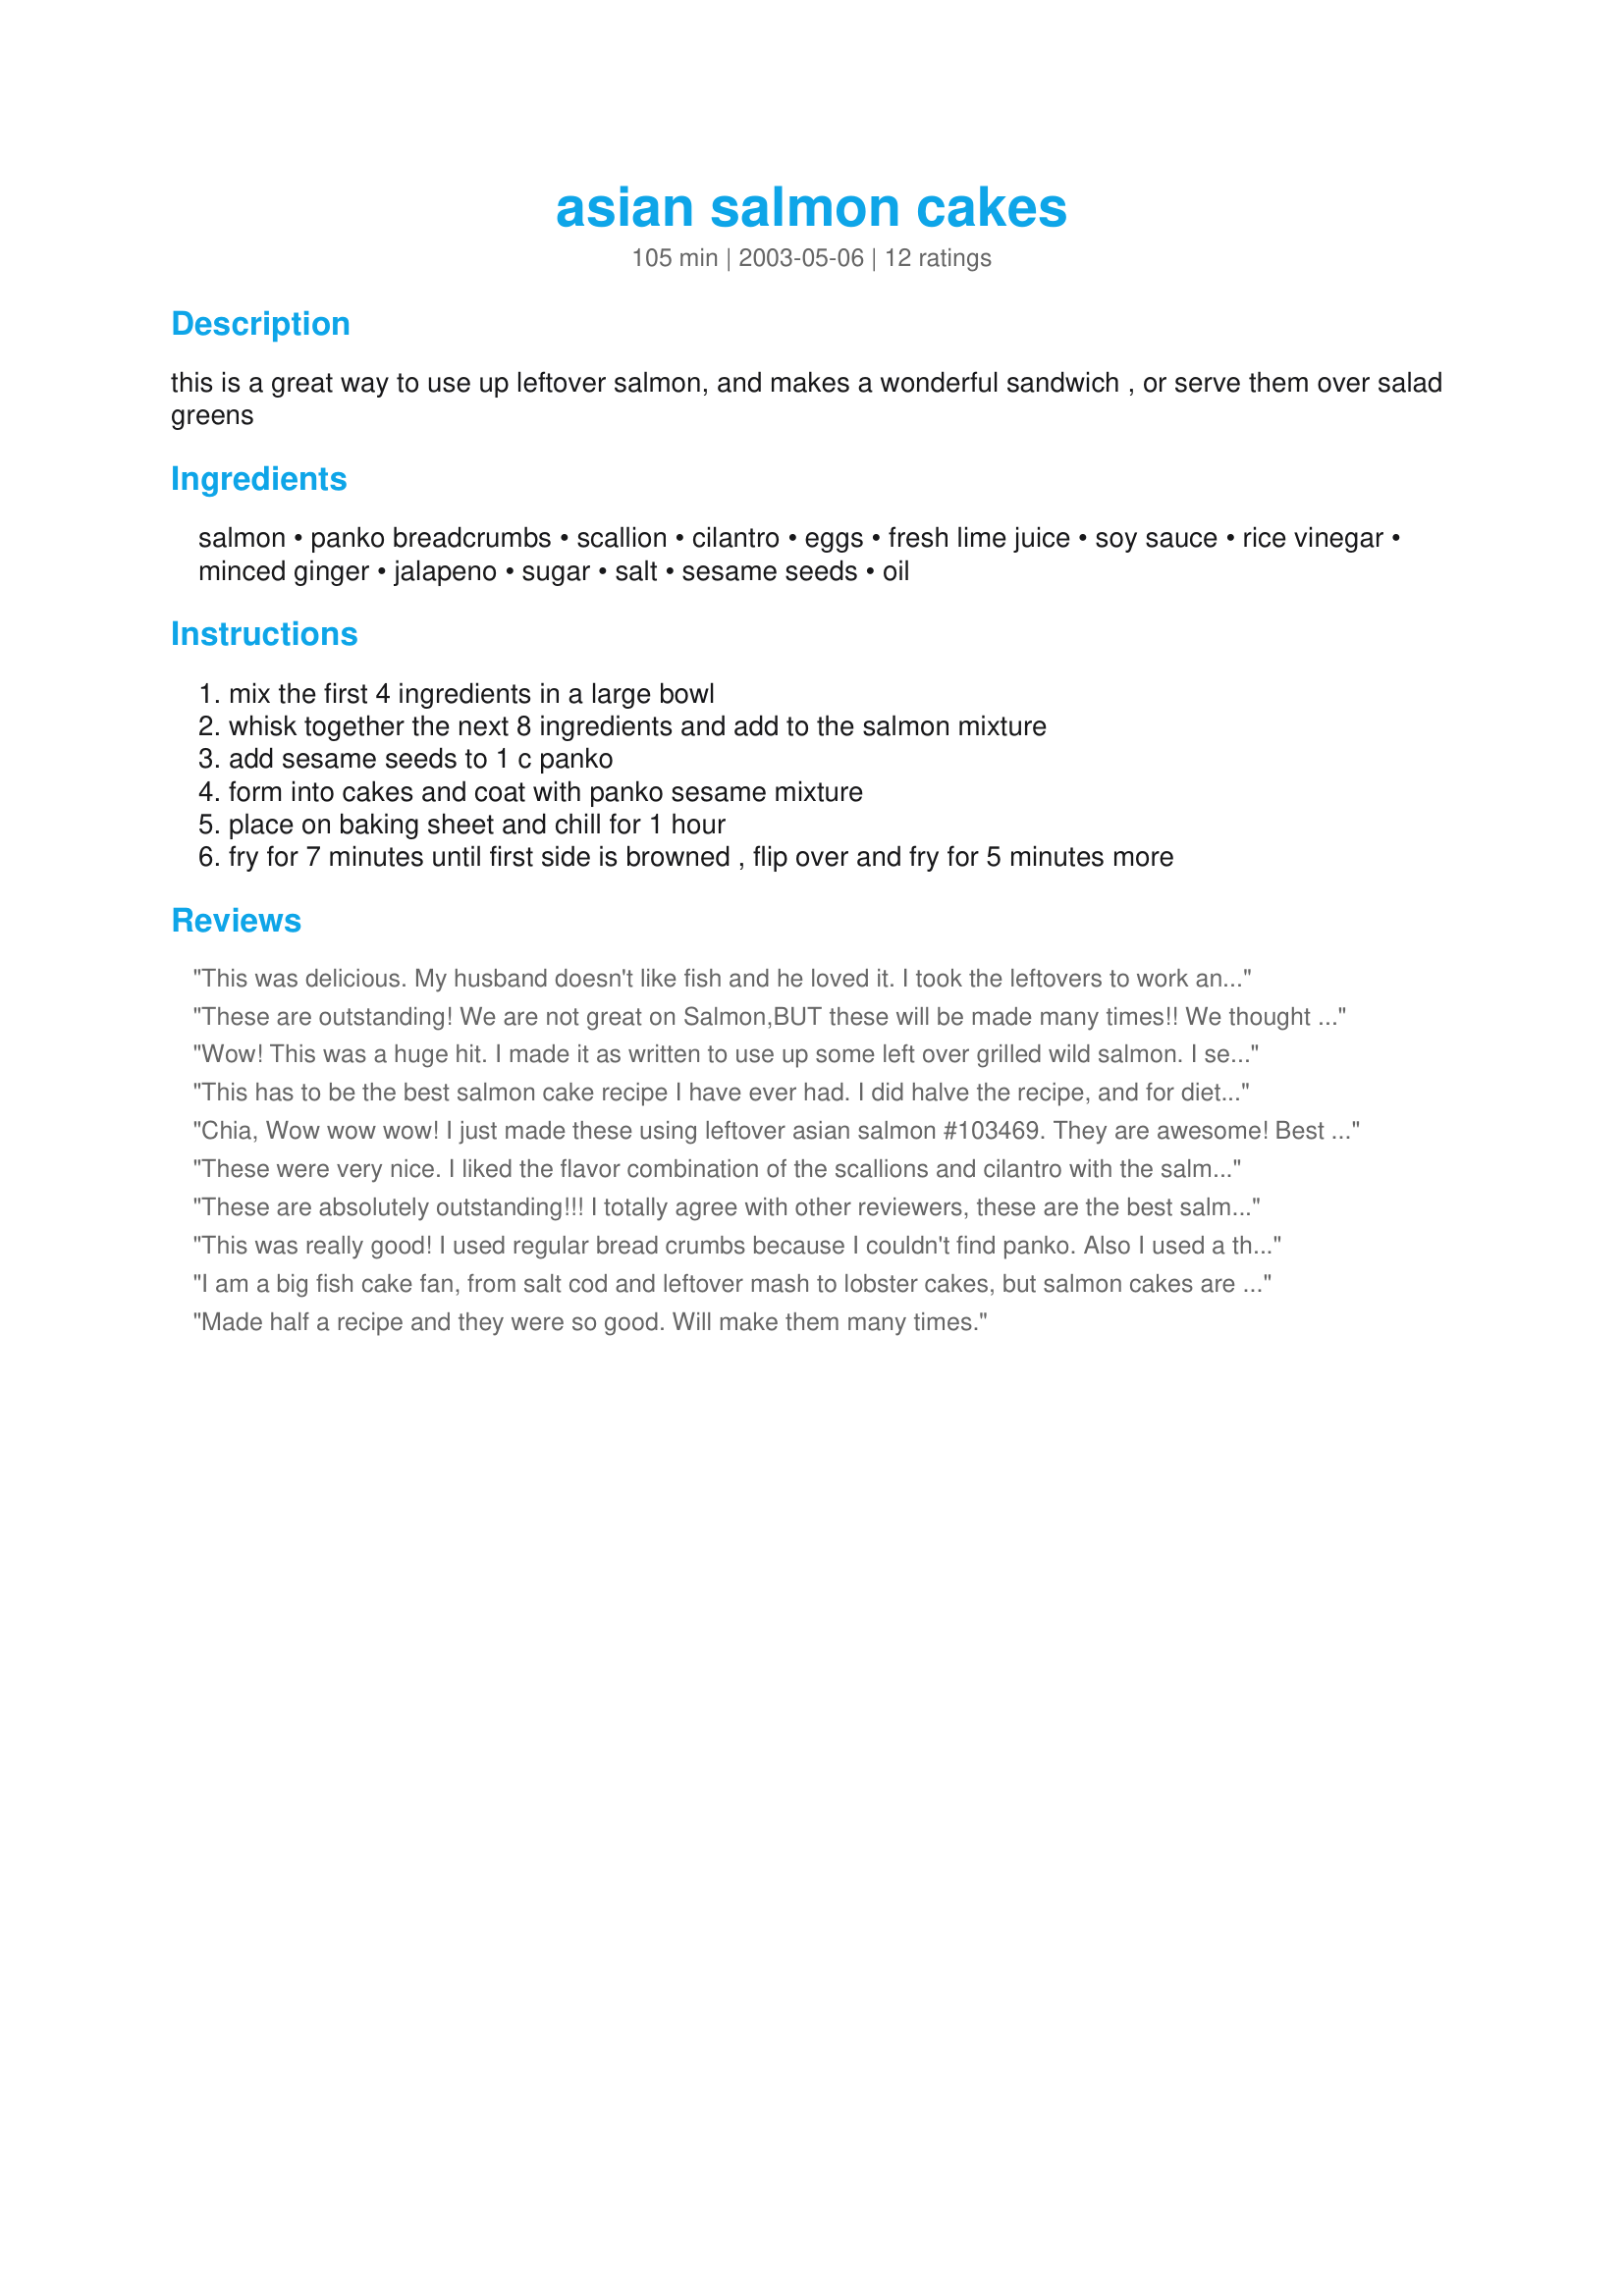
asian salmon cakes
Preparation time: 105 minutes

this is a great way to use up leftover salmon, and makes a wonderful sandwich , or serve them over salad greens

Ingredients:
salmon, panko breadcrumbs, scallion, cilantro, eggs, fresh lime juice, soy sauce, rice vinegar, minced ginger, jalapeno, sugar, salt, sesame seeds, oil

Steps:
mix the first 4 ingredients in a large bowl
whisk together the next 8 ingredients and add to the salmon mixture
add sesame seeds to 1 c panko
form into cakes and coat with panko sesame mixture
place on baking sheet and chill for 1 hour
fry for 7 minutes until first side is browned , flip over and fry for 5 minutes more

Reviews:
This was delicious. My husband doesn't like fish and he loved it. I took the leftovers to work and everyone wanted the recipe. I changed the 4 eggs to 1 and added 1/2 cup 1% MILK to cut the calories and fat.
These are outstanding! We are not great on Salmon,BUT these will be made many times!! We thought they almost tasted like good crab cakes. Must have been that little sugar addition. Thanks for posting. Ingrid/Koechin
Wow! This was a huge hit. I made it as written to use up some left over grilled wild salmon. I served the patties on a bed of spring mix lettuce with a side of sweet chili aioli (sweet chili, mayo, and a little lemon juice). This recipe is sooo yummy!
This has to be the best salmon cake recipe I have ever had. I did halve the recipe, and for dietary restrictions omitted the salt and used egg substitute for the eggs with great success. Your combination of flavorings was just perfect. These browned and crisped up well with the panko and sesame coating by using a nonstick skillet sprayed with non-stick spray plus 1 tablespoon of canola oil which fit into our health restrictions as well. Thank you Chia for sharing this wonderful recipe.
Chia,
Wow wow wow! I just made these using leftover asian salmon #103469. They are awesome! Best salmon cakes I've ever had, by far. I did use fresh Italian parsley in place of cilantro (personal preference). And, like Miraklegirl, I had to use breadcrumbs since I didn't have any panko in the house. I used 1/2 black sesame seeds and 1/2 traditional sesame seeds to give it some color. The "cakes" I made were kind of small, only about 1/2" thick, so they only needed to fry for about 3-4 minutes per side on medium heat. Boy, DH was surprised at how much he loved these when I served them to him for lunch (he's not a big salmon fan). He ate like 5 of them. Also, I served with some fresh lemon wedges and the flavor is great. Just a note, if using leftover salmon, and the original marinade contained salt or soy sauce etc. you may not need to add the salt to the mixture. Thanks Chia for a delicious treat! Can't help but wonder if this recipe can be used for crab cakes as well! 
--Marla
These were very nice. I liked the flavor combination of the scallions and cilantro with the salmon. One change I made was to use some plain breadcrumbs instead of the panko for the filling. Panko tends to disintegrate when it gets wet, but I still wanted to make sure that the patties had enough substance to hold together. I loved the panko on the outside with the sesame seeds. We'll make this again! Many thanks Chia.
These are absolutely outstanding!!! I totally agree with other reviewers, these are the best salmon cakes we have ever had, my whole family said so. I made these as part of an Asian night I was serving sushi, duck breast and these. My son adored these and ate 3 by himself, I made a wasabi mayonnaise to go with them in case they were a little dry. There was absolutely no need, they were moist and packed with flavour. This recipe is being saved as one of my favourites and I will breaking these out at every party we have, as I know my guests will rave. A real gem of a recipe chia.
This was really good! I used regular bread crumbs because I couldn't find panko. Also I used a thai red chili instead of jalapeno. A very nice weekday lunch or dinner. Thanks Chia. Your recipes are always great!
I am a big fish cake fan, from salt cod and leftover mash to lobster cakes, but salmon cakes are a staple at my house and these are as good as it gets. No suggestion for improvement. I did use regular bread crumbs for the filling though and packaged salmon. I am looking forward to making it with a grilled salmon.

I have a tip for all fish cakes, I fry at a pretty high temp for 3 minutes per side and then finish in a hot oven for 10 minutes. Pour the grease out of your pan first. This makes the cakes hot all the way through.

Served with an asian slaw and 5 spice sweet potato fries. Toss potato wedges with a plain oil and then sprinkle on 5 spice, garlic powder and sea salt. Bake for @ 30 minutes at 475.
Made half a recipe and they were so good. Will make them many times.
These were the best salmon cakes I've had so far! I made Julesong's Caramelized Salmon, saving some for this recipe. I flaked the salmon, used orange juice in place of the liqueur, scallion instead of shallot. I loved the toasted sesame seed coating. Oh, and I used cracker crumbs to coat along with the seeds. This was delicious! Thanks so much for this recipe. I will be making it again!
These were awesome. I used 3 6oz cans of salmon and they were just as good. I made wasabi mayonnaise to go with the cakes by mixing some wasabi paste, mayo, and a little lemon. I used a med scop to portion out the cakes so they all came out uniformed(made about 12). Thanks for posting.
